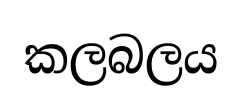
කලබලය